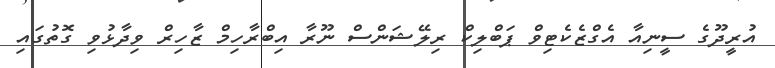
އުރީދޫގެ ސީނިއާ އެގްޒެކެޓިވް ޕަބްލިކް ރިލޭޝަންސް ނޫރާ އިބްރާހިމް ޒާހިރް ވިދާޅުވި ގޮތުގައި